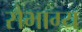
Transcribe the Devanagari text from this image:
सैभाग्य